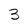
Character: 3